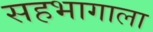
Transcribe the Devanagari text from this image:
सहभागाला